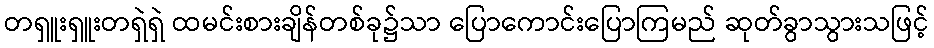
တရှူးရှူးတရှဲရှဲ ထမင်းစားချိန်တစ်ခု၌သာ ပြောကောင်းပြောကြမည် ဆုတ်ခွာသွားသဖြင့်